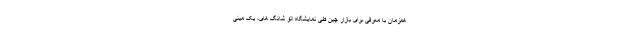
همزمان با معرفی برای بازار چین طی نمایشگاه اتو شانگ های، یک مینی